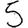
Digit: 5